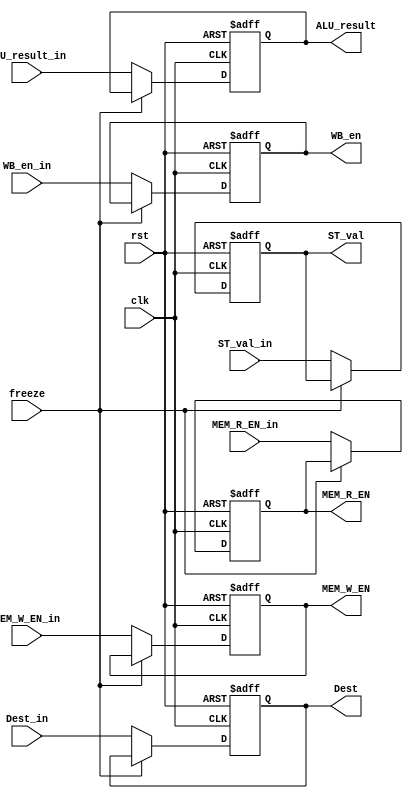
module EXE_Stage_Reg(
  input clk, rst, WB_en_in, MEM_R_EN_in, MEM_W_EN_in,
  input[31:0] ALU_result_in, ST_val_in,
  input[3:0] Dest_in,
  input freeze,
  output reg WB_en, MEM_R_EN, MEM_W_EN,
  output reg[31:0] ALU_result, ST_val,
  output reg[3:0] Dest
);

  always@(posedge clk, posedge rst) begin
    if(rst) begin
      WB_en <= 0; MEM_R_EN <= 0; MEM_W_EN <= 0; ALU_result <= 0; ST_val <= 0; Dest <= 0;
    end
    else begin
      if(~freeze) begin
        WB_en <= WB_en_in; MEM_R_EN <= MEM_R_EN_in; MEM_W_EN <= MEM_W_EN_in; ALU_result <= ALU_result_in; ST_val <= ST_val_in; Dest <= Dest_in;
      end
    end
  end

endmodule